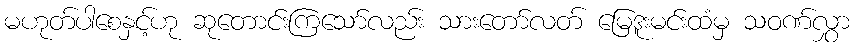
မဟုတ်ပါစေနှင့်ဟု ဆုတောင်းကြသော်လည်း သားတော်လတ် မြေဒူးမင်းထံမှ သဝဏ်လွှာ